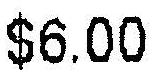
$6.00